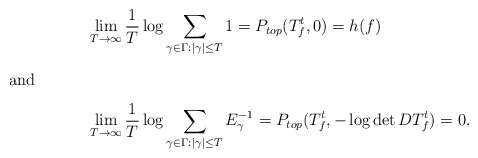
\begin{align*}&\lim_{T\to \infty}\frac{1}{T}\log \sum_{\gamma\in\Gamma:|\gamma|\le T}1= P_{top}(T_f^t,0)=h(f)\intertext{and}&\lim_{T\to \infty}\frac{1}{T}\log \sum_{\gamma\in\Gamma:|\gamma|\le T}E_\gamma^{-1}= P_{top}(T_f^t,-\log \det DT_f^t) =0.\end{align*}